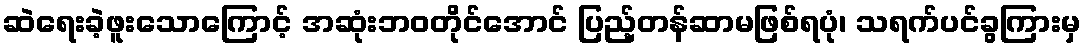
ဆဲရေးခဲ့ဖူးသောကြောင့် အဆုံးဘဝတိုင်အောင် ပြည့်တန်ဆာမဖြစ်ရပုံ၊ သရက်ပင်ခွကြားမှ